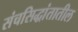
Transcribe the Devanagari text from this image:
संचसिद्धांतातील